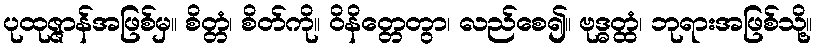
ပုထုဇ္ဇာန်အဖြစ်မှ။ စိတ္တံ၊ စိတ်ကို။ ဝိနိတ္တေတွာ၊ လည်စေ၍။ ဗုဒ္ဓတ္ထံ၊ ဘုရားအဖြစ်သို့။